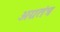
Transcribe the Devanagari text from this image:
अग्रतंत्र